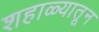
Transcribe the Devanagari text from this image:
शहाळ्यातून